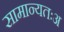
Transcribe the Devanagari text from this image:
सामान्यतःअ